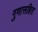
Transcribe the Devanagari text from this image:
गुणासहित